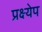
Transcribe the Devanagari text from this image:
प्रक्ष्येप